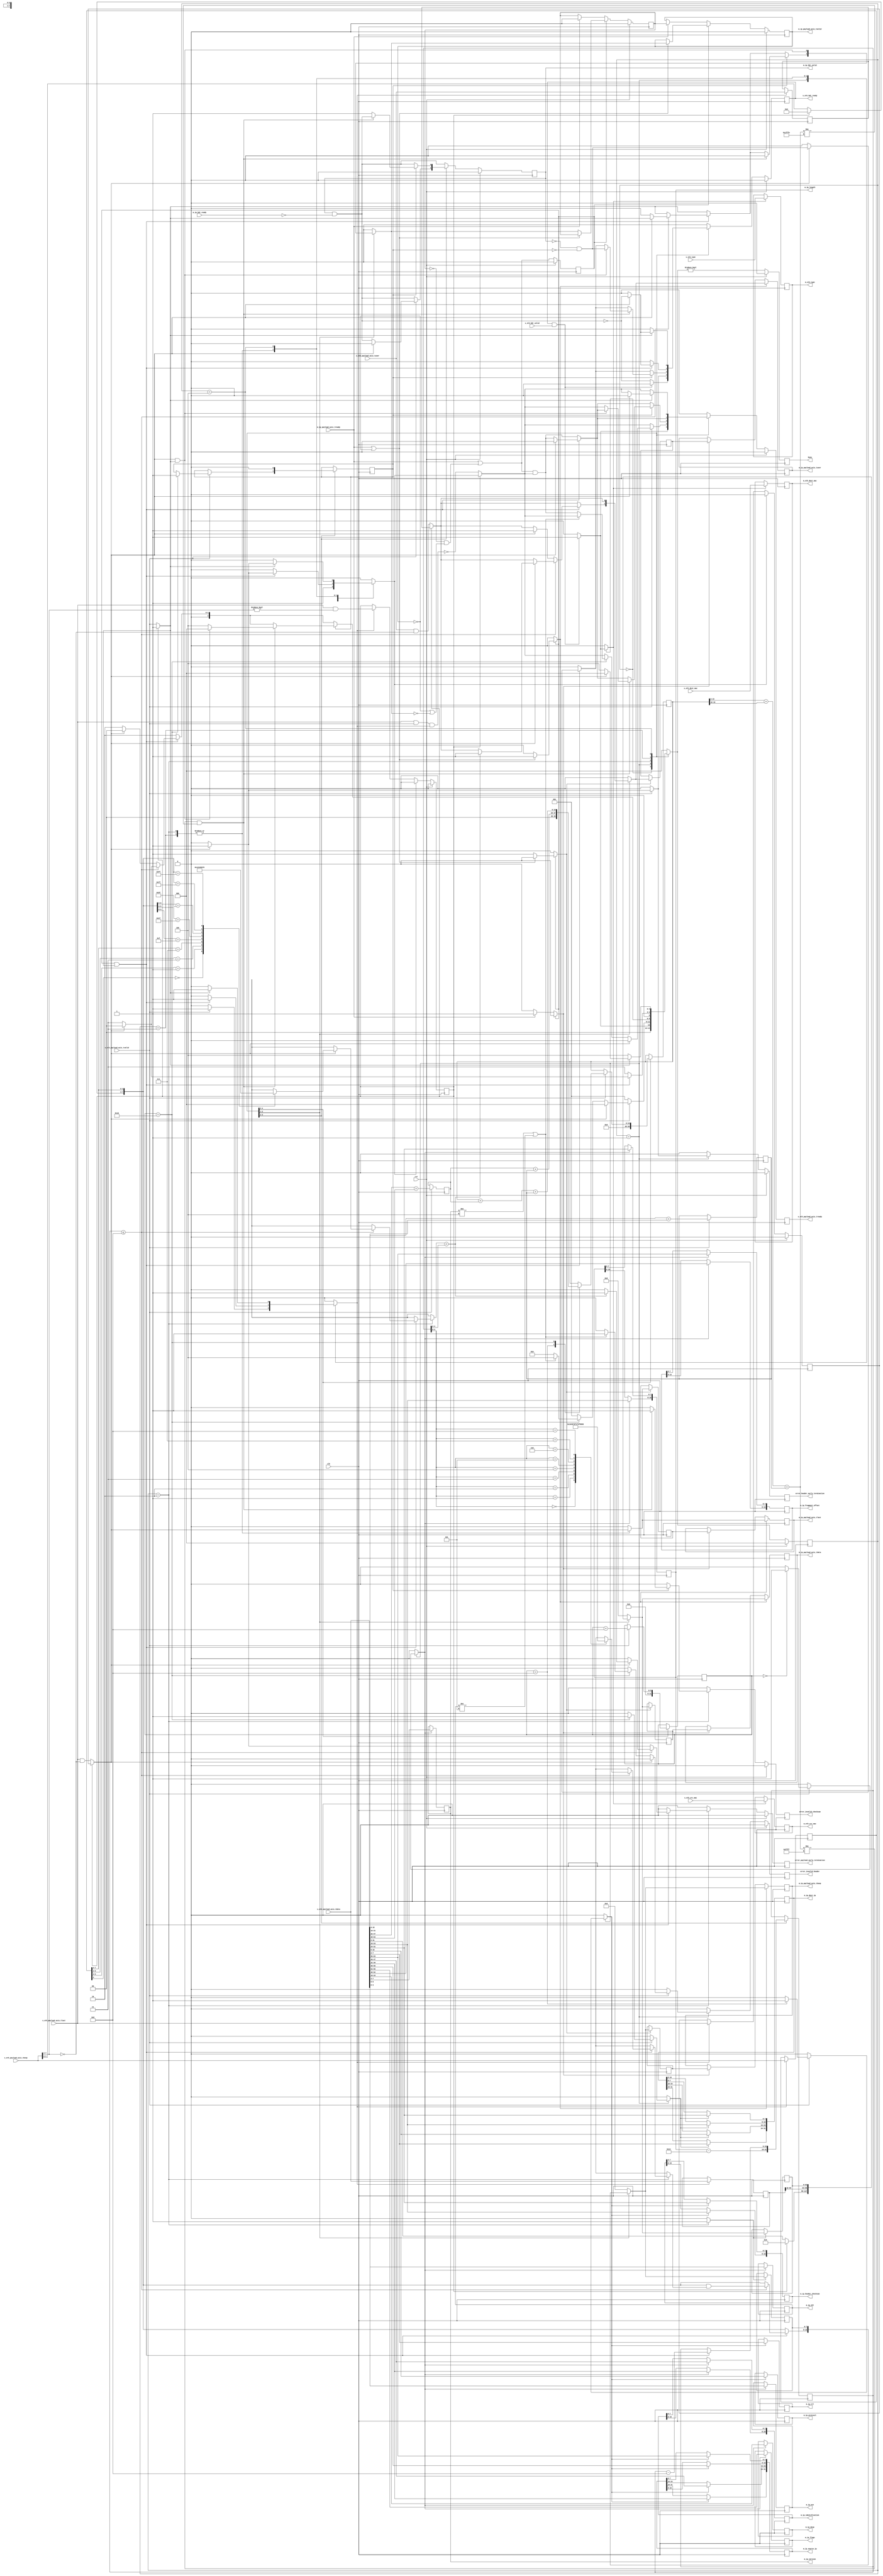
/*

Copyright (c) 2014-2018 Alex Forencich

Permission is hereby granted, free of charge, to any person obtaining a copy
of this software and associated documentation files (the "Software"), to deal
in the Software without restriction, including without limitation the rights
to use, copy, modify, merge, publish, distribute, sublicense, and/or sell
copies of the Software, and to permit persons to whom the Software is
furnished to do so, subject to the following conditions:

The above copyright notice and this permission notice shall be included in
all copies or substantial portions of the Software.

THE SOFTWARE IS PROVIDED "AS IS", WITHOUT WARRANTY OF ANY KIND, EXPRESS OR
IMPLIED, INCLUDING BUT NOT LIMITED TO THE WARRANTIES OF MERCHANTABILITY
FITNESS FOR A PARTICULAR PURPOSE AND NONINFRINGEMENT. IN NO EVENT SHALL THE
AUTHORS OR COPYRIGHT HOLDERS BE LIABLE FOR ANY CLAIM, DAMAGES OR OTHER
LIABILITY, WHETHER IN AN ACTION OF CONTRACT, TORT OR OTHERWISE, ARISING FROM,
OUT OF OR IN CONNECTION WITH THE SOFTWARE OR THE USE OR OTHER DEALINGS IN
THE SOFTWARE.

*/

// Language: Verilog 2001

`resetall
`timescale 1ns / 1ps
`default_nettype none

/*
 * IP ethernet frame receiver (Ethernet frame in, IP frame out, 64 bit datapath)
 */
module ip_eth_rx_64
(
    input  wire        clk,
    input  wire        rst,

    /*
     * Ethernet frame input
     */
    input  wire        s_eth_hdr_valid,
    output wire        s_eth_hdr_ready,
    input  wire [47:0] s_eth_dest_mac,
    input  wire [47:0] s_eth_src_mac,
    input  wire [15:0] s_eth_type,
    input  wire [63:0] s_eth_payload_axis_tdata,
    input  wire [7:0]  s_eth_payload_axis_tkeep,
    input  wire        s_eth_payload_axis_tvalid,
    output wire        s_eth_payload_axis_tready,
    input  wire        s_eth_payload_axis_tlast,
    input  wire        s_eth_payload_axis_tuser,

    /*
     * IP frame output
     */
    output wire        m_ip_hdr_valid,
    input  wire        m_ip_hdr_ready,
    output wire [47:0] m_eth_dest_mac,
    output wire [47:0] m_eth_src_mac,
    output wire [15:0] m_eth_type,
    output wire [3:0]  m_ip_version,
    output wire [3:0]  m_ip_ihl,
    output wire [5:0]  m_ip_dscp,
    output wire [1:0]  m_ip_ecn,
    output wire [15:0] m_ip_length,
    output wire [15:0] m_ip_identification,
    output wire [2:0]  m_ip_flags,
    output wire [12:0] m_ip_fragment_offset,
    output wire [7:0]  m_ip_ttl,
    output wire [7:0]  m_ip_protocol,
    output wire [15:0] m_ip_header_checksum,
    output wire [31:0] m_ip_source_ip,
    output wire [31:0] m_ip_dest_ip,
    output wire [63:0] m_ip_payload_axis_tdata,
    output wire [7:0]  m_ip_payload_axis_tkeep,
    output wire        m_ip_payload_axis_tvalid,
    input  wire        m_ip_payload_axis_tready,
    output wire        m_ip_payload_axis_tlast,
    output wire        m_ip_payload_axis_tuser,

    /*
     * Status signals
     */
    output wire        busy,
    output wire        error_header_early_termination,
    output wire        error_payload_early_termination,
    output wire        error_invalid_header,
    output wire        error_invalid_checksum
);

/*

IP Frame

 Field                       Length
 Destination MAC address     6 octets
 Source MAC address          6 octets
 Ethertype (0x0800)          2 octets
 Version (4)                 4 bits
 IHL (5-15)                  4 bits
 DSCP (0)                    6 bits
 ECN (0)                     2 bits
 length                      2 octets
 identification (0?)         2 octets
 flags (010)                 3 bits
 fragment offset (0)         13 bits
 time to live (64?)          1 octet
 protocol                    1 octet
 header checksum             2 octets
 source IP                   4 octets
 destination IP              4 octets
 options                     (IHL-5)*4 octets
 payload                     length octets

This module receives an Ethernet frame with header fields in parallel and
payload on an AXI stream interface, decodes and strips the IP header fields,
then produces the header fields in parallel along with the IP payload in a
separate AXI stream.

*/

localparam [2:0]
    STATE_IDLE = 3'd0,
    STATE_READ_HEADER = 3'd1,
    STATE_READ_PAYLOAD = 3'd2,
    STATE_READ_PAYLOAD_LAST = 3'd3,
    STATE_WAIT_LAST = 3'd4;

reg [2:0] state_reg = STATE_IDLE, state_next;

// datapath control signals
reg store_eth_hdr;
reg store_hdr_word_0;
reg store_hdr_word_1;
reg store_hdr_word_2;
reg store_last_word;

reg flush_save;
reg transfer_in_save;

reg [5:0] hdr_ptr_reg = 6'd0, hdr_ptr_next;
reg [15:0] word_count_reg = 16'd0, word_count_next;

reg [16:0] hdr_sum_high_reg = 17'd0;
reg [16:0] hdr_sum_low_reg = 17'd0;
reg [19:0] hdr_sum_temp;
reg [19:0] hdr_sum_reg = 20'd0, hdr_sum_next;
reg check_hdr_reg = 1'b0, check_hdr_next;

reg [63:0] last_word_data_reg = 64'd0;
reg [7:0] last_word_keep_reg = 8'd0;

reg s_eth_hdr_ready_reg = 1'b0, s_eth_hdr_ready_next;
reg s_eth_payload_axis_tready_reg = 1'b0, s_eth_payload_axis_tready_next;

reg m_ip_hdr_valid_reg = 1'b0, m_ip_hdr_valid_next;
reg [47:0] m_eth_dest_mac_reg = 48'd0;
reg [47:0] m_eth_src_mac_reg = 48'd0;
reg [15:0] m_eth_type_reg = 16'd0;
reg [3:0] m_ip_version_reg = 4'd0;
reg [3:0] m_ip_ihl_reg = 4'd0;
reg [5:0] m_ip_dscp_reg = 6'd0;
reg [1:0] m_ip_ecn_reg = 2'd0;
reg [15:0] m_ip_length_reg = 16'd0;
reg [15:0] m_ip_identification_reg = 16'd0;
reg [2:0] m_ip_flags_reg = 3'd0;
reg [12:0] m_ip_fragment_offset_reg = 13'd0;
reg [7:0] m_ip_ttl_reg = 8'd0;
reg [7:0] m_ip_protocol_reg = 8'd0;
reg [15:0] m_ip_header_checksum_reg = 16'd0;
reg [31:0] m_ip_source_ip_reg = 32'd0;
reg [31:0] m_ip_dest_ip_reg = 32'd0;

reg busy_reg = 1'b0;
reg error_header_early_termination_reg = 1'b0, error_header_early_termination_next;
reg error_payload_early_termination_reg = 1'b0, error_payload_early_termination_next;
reg error_invalid_header_reg = 1'b0, error_invalid_header_next;
reg error_invalid_checksum_reg = 1'b0, error_invalid_checksum_next;

reg [63:0] save_eth_payload_axis_tdata_reg = 64'd0;
reg [7:0] save_eth_payload_axis_tkeep_reg = 8'd0;
reg save_eth_payload_axis_tlast_reg = 1'b0;
reg save_eth_payload_axis_tuser_reg = 1'b0;

reg [63:0] shift_eth_payload_axis_tdata;
reg [7:0] shift_eth_payload_axis_tkeep;
reg shift_eth_payload_axis_tvalid;
reg shift_eth_payload_axis_tlast;
reg shift_eth_payload_axis_tuser;
reg shift_eth_payload_s_tready;
reg shift_eth_payload_extra_cycle_reg = 1'b0;

// internal datapath
reg [63:0] m_ip_payload_axis_tdata_int;
reg [7:0]  m_ip_payload_axis_tkeep_int;
reg        m_ip_payload_axis_tvalid_int;
reg        m_ip_payload_axis_tready_int_reg = 1'b0;
reg        m_ip_payload_axis_tlast_int;
reg        m_ip_payload_axis_tuser_int;
wire       m_ip_payload_axis_tready_int_early;

assign s_eth_hdr_ready = s_eth_hdr_ready_reg;
assign s_eth_payload_axis_tready = s_eth_payload_axis_tready_reg;

assign m_ip_hdr_valid = m_ip_hdr_valid_reg;
assign m_eth_dest_mac = m_eth_dest_mac_reg;
assign m_eth_src_mac = m_eth_src_mac_reg;
assign m_eth_type = m_eth_type_reg;
assign m_ip_version = m_ip_version_reg;
assign m_ip_ihl = m_ip_ihl_reg;
assign m_ip_dscp = m_ip_dscp_reg;
assign m_ip_ecn = m_ip_ecn_reg;
assign m_ip_length = m_ip_length_reg;
assign m_ip_identification = m_ip_identification_reg;
assign m_ip_flags = m_ip_flags_reg;
assign m_ip_fragment_offset = m_ip_fragment_offset_reg;
assign m_ip_ttl = m_ip_ttl_reg;
assign m_ip_protocol = m_ip_protocol_reg;
assign m_ip_header_checksum = m_ip_header_checksum_reg;
assign m_ip_source_ip = m_ip_source_ip_reg;
assign m_ip_dest_ip = m_ip_dest_ip_reg;

assign busy = busy_reg;
assign error_header_early_termination = error_header_early_termination_reg;
assign error_payload_early_termination = error_payload_early_termination_reg;
assign error_invalid_header = error_invalid_header_reg;
assign error_invalid_checksum = error_invalid_checksum_reg;

function [3:0] keep2count;
    input [7:0] k;
    casez (k)
        8'bzzzzzzz0: keep2count = 4'd0;
        8'bzzzzzz01: keep2count = 4'd1;
        8'bzzzzz011: keep2count = 4'd2;
        8'bzzzz0111: keep2count = 4'd3;
        8'bzzz01111: keep2count = 4'd4;
        8'bzz011111: keep2count = 4'd5;
        8'bz0111111: keep2count = 4'd6;
        8'b01111111: keep2count = 4'd7;
        8'b11111111: keep2count = 4'd8;
    endcase
endfunction

function [7:0] count2keep;
    input [3:0] k;
    case (k)
        4'd0: count2keep = 8'b00000000;
        4'd1: count2keep = 8'b00000001;
        4'd2: count2keep = 8'b00000011;
        4'd3: count2keep = 8'b00000111;
        4'd4: count2keep = 8'b00001111;
        4'd5: count2keep = 8'b00011111;
        4'd6: count2keep = 8'b00111111;
        4'd7: count2keep = 8'b01111111;
        4'd8: count2keep = 8'b11111111;
    endcase
endfunction

always @* begin
    shift_eth_payload_axis_tdata[31:0] = save_eth_payload_axis_tdata_reg[63:32];
    shift_eth_payload_axis_tkeep[3:0] = save_eth_payload_axis_tkeep_reg[7:4];

    if (shift_eth_payload_extra_cycle_reg) begin
        shift_eth_payload_axis_tdata[63:32] = 32'd0;
        shift_eth_payload_axis_tkeep[7:4] = 4'd0;
        shift_eth_payload_axis_tvalid = 1'b1;
        shift_eth_payload_axis_tlast = save_eth_payload_axis_tlast_reg;
        shift_eth_payload_axis_tuser = save_eth_payload_axis_tuser_reg;
        shift_eth_payload_s_tready = flush_save;
    end else begin
        shift_eth_payload_axis_tdata[63:32] = s_eth_payload_axis_tdata[31:0];
        shift_eth_payload_axis_tkeep[7:4] = s_eth_payload_axis_tkeep[3:0];
        shift_eth_payload_axis_tvalid = s_eth_payload_axis_tvalid;
        shift_eth_payload_axis_tlast = (s_eth_payload_axis_tlast && (s_eth_payload_axis_tkeep[7:4] == 0));
        shift_eth_payload_axis_tuser = (s_eth_payload_axis_tuser && (s_eth_payload_axis_tkeep[7:4] == 0));
        shift_eth_payload_s_tready = !(s_eth_payload_axis_tlast && s_eth_payload_axis_tvalid && transfer_in_save);
    end
end

always @* begin
    state_next = STATE_IDLE;

    flush_save = 1'b0;
    transfer_in_save = 1'b0;

    s_eth_hdr_ready_next = 1'b0;
    s_eth_payload_axis_tready_next = 1'b0;

    store_eth_hdr = 1'b0;
    store_hdr_word_0 = 1'b0;
    store_hdr_word_1 = 1'b0;
    store_hdr_word_2 = 1'b0;

    store_last_word = 1'b0;

    hdr_ptr_next = hdr_ptr_reg;
    word_count_next = word_count_reg;

    hdr_sum_temp = 32'd0;
    hdr_sum_next = hdr_sum_reg;
    check_hdr_next = check_hdr_reg;

    m_ip_hdr_valid_next = m_ip_hdr_valid_reg && !m_ip_hdr_ready;

    error_header_early_termination_next = 1'b0;
    error_payload_early_termination_next = 1'b0;
    error_invalid_header_next = 1'b0;
    error_invalid_checksum_next = 1'b0;

    m_ip_payload_axis_tdata_int = 64'd0;
    m_ip_payload_axis_tkeep_int = 8'd0;
    m_ip_payload_axis_tvalid_int = 1'b0;
    m_ip_payload_axis_tlast_int = 1'b0;
    m_ip_payload_axis_tuser_int = 1'b0;

    case (state_reg)
        STATE_IDLE: begin
            // idle state - wait for header
            hdr_ptr_next = 6'd0;
            hdr_sum_next = 32'd0;
            flush_save = 1'b1;
            s_eth_hdr_ready_next = !m_ip_hdr_valid_next;

            if (s_eth_hdr_ready && s_eth_hdr_valid) begin
                s_eth_hdr_ready_next = 1'b0;
                s_eth_payload_axis_tready_next = 1'b1;
                store_eth_hdr = 1'b1;
                state_next = STATE_READ_HEADER;
            end else begin
                state_next = STATE_IDLE;
            end
        end
        STATE_READ_HEADER: begin
            // read header
            s_eth_payload_axis_tready_next = shift_eth_payload_s_tready;
            word_count_next = m_ip_length_reg - 5*4;

            if (s_eth_payload_axis_tvalid) begin
                // word transfer in - store it
                hdr_ptr_next = hdr_ptr_reg + 6'd8;
                transfer_in_save = 1'b1;
                state_next = STATE_READ_HEADER;

                case (hdr_ptr_reg)
                    6'h00: begin
                        store_hdr_word_0 = 1'b1;
                    end
                    6'h08: begin
                        store_hdr_word_1 = 1'b1;
                        hdr_sum_next = hdr_sum_high_reg + hdr_sum_low_reg;
                    end
                    6'h10: begin
                        store_hdr_word_2 = 1'b1;
                        hdr_sum_next = hdr_sum_reg + hdr_sum_high_reg + hdr_sum_low_reg;

                        // check header checksum on next cycle for improved timing
                        check_hdr_next = 1'b1;

                        if (m_ip_version_reg != 4'd4 || m_ip_ihl_reg != 4'd5) begin
                            error_invalid_header_next = 1'b1;
                            s_eth_payload_axis_tready_next = shift_eth_payload_s_tready;
                            state_next = STATE_WAIT_LAST;
                        end else begin
                            s_eth_payload_axis_tready_next = m_ip_payload_axis_tready_int_early && shift_eth_payload_s_tready;
                            state_next = STATE_READ_PAYLOAD;
                        end
                    end
                endcase

                if (shift_eth_payload_axis_tlast) begin
                    error_header_early_termination_next = 1'b1;
                    error_invalid_header_next = 1'b0;
                    error_invalid_checksum_next = 1'b0;
                    m_ip_hdr_valid_next = 1'b0;
                    s_eth_hdr_ready_next = !m_ip_hdr_valid_next;
                    s_eth_payload_axis_tready_next = 1'b0;
                    state_next = STATE_IDLE;
                end

            end else begin
                state_next = STATE_READ_HEADER;
            end
        end
        STATE_READ_PAYLOAD: begin
            // read payload
            s_eth_payload_axis_tready_next = m_ip_payload_axis_tready_int_early && shift_eth_payload_s_tready;

            m_ip_payload_axis_tdata_int = shift_eth_payload_axis_tdata;
            m_ip_payload_axis_tkeep_int = shift_eth_payload_axis_tkeep;
            m_ip_payload_axis_tvalid_int = shift_eth_payload_axis_tvalid;
            m_ip_payload_axis_tlast_int = shift_eth_payload_axis_tlast;
            m_ip_payload_axis_tuser_int = shift_eth_payload_axis_tuser;

            store_last_word = 1'b1;

            if (m_ip_payload_axis_tready_int_reg && shift_eth_payload_axis_tvalid) begin
                // word transfer through
                word_count_next = word_count_reg - 16'd8;
                transfer_in_save = 1'b1;
                if (word_count_reg <= 8) begin
                    // have entire payload
                    m_ip_payload_axis_tkeep_int = shift_eth_payload_axis_tkeep & count2keep(word_count_reg);
                    if (shift_eth_payload_axis_tlast) begin
                        if (keep2count(shift_eth_payload_axis_tkeep) < word_count_reg[4:0]) begin
                            // end of frame, but length does not match
                            error_payload_early_termination_next = 1'b1;
                            m_ip_payload_axis_tuser_int = 1'b1;
                        end
                        s_eth_payload_axis_tready_next = 1'b0;
                        flush_save = 1'b1;
                        s_eth_hdr_ready_next = !m_ip_hdr_valid_reg && !check_hdr_reg;
                        state_next = STATE_IDLE;
                    end else begin
                        m_ip_payload_axis_tvalid_int = 1'b0;
                        state_next = STATE_READ_PAYLOAD_LAST;
                    end
                end else begin
                    if (shift_eth_payload_axis_tlast) begin
                        // end of frame, but length does not match
                        error_payload_early_termination_next = 1'b1;
                        m_ip_payload_axis_tuser_int = 1'b1;
                        s_eth_payload_axis_tready_next = 1'b0;
                        flush_save = 1'b1;
                        s_eth_hdr_ready_next = !m_ip_hdr_valid_reg && !check_hdr_reg;
                        state_next = STATE_IDLE;
                    end else begin
                        state_next = STATE_READ_PAYLOAD;
                    end
                end
            end else begin
                state_next = STATE_READ_PAYLOAD;
            end

            if (check_hdr_reg) begin
                check_hdr_next = 1'b0;

                hdr_sum_temp = hdr_sum_reg[15:0] + hdr_sum_reg[19:16] + hdr_sum_low_reg;

                if (hdr_sum_temp != 19'h0ffff && hdr_sum_temp != 19'h1fffe) begin
                    // bad checksum
                    error_invalid_checksum_next = 1'b1;
                    m_ip_payload_axis_tvalid_int = 1'b0;
                    if (shift_eth_payload_axis_tlast && shift_eth_payload_axis_tvalid) begin
                        // only one payload cycle; return to idle now
                        s_eth_hdr_ready_next = !m_ip_hdr_valid_reg && !check_hdr_reg;
                        state_next = STATE_IDLE;
                    end else begin
                        // drop payload
                        s_eth_payload_axis_tready_next = shift_eth_payload_s_tready;
                        state_next = STATE_WAIT_LAST;
                    end
                end else begin
                    // good checksum; transfer header
                    m_ip_hdr_valid_next = 1'b1;
                end
            end
        end
        STATE_READ_PAYLOAD_LAST: begin
            // read and discard until end of frame
            s_eth_payload_axis_tready_next = m_ip_payload_axis_tready_int_early && shift_eth_payload_s_tready;

            m_ip_payload_axis_tdata_int = last_word_data_reg;
            m_ip_payload_axis_tkeep_int = last_word_keep_reg;
            m_ip_payload_axis_tvalid_int = shift_eth_payload_axis_tvalid && shift_eth_payload_axis_tlast;
            m_ip_payload_axis_tlast_int = shift_eth_payload_axis_tlast;
            m_ip_payload_axis_tuser_int = shift_eth_payload_axis_tuser;

            if (m_ip_payload_axis_tready_int_reg && shift_eth_payload_axis_tvalid) begin
                transfer_in_save = 1'b1;
                if (shift_eth_payload_axis_tlast) begin
                    s_eth_payload_axis_tready_next = 1'b0;
                    flush_save = 1'b1;
                    s_eth_hdr_ready_next = !m_ip_hdr_valid_next;
                    state_next = STATE_IDLE;
                end else begin
                    state_next = STATE_READ_PAYLOAD_LAST;
                end
            end else begin
                state_next = STATE_READ_PAYLOAD_LAST;
            end
        end
        STATE_WAIT_LAST: begin
            // read and discard until end of frame
            s_eth_payload_axis_tready_next = shift_eth_payload_s_tready;

            if (shift_eth_payload_axis_tvalid) begin
                transfer_in_save = 1'b1;
                if (shift_eth_payload_axis_tlast) begin
                    s_eth_payload_axis_tready_next = 1'b0;
                    flush_save = 1'b1;
                    s_eth_hdr_ready_next = !m_ip_hdr_valid_next;
                    state_next = STATE_IDLE;
                end else begin
                    state_next = STATE_WAIT_LAST;
                end
            end else begin
                state_next = STATE_WAIT_LAST;
            end
        end
    endcase
end

always @(posedge clk) begin
    if (rst) begin
        state_reg <= STATE_IDLE;
        s_eth_hdr_ready_reg <= 1'b0;
        s_eth_payload_axis_tready_reg <= 1'b0;
        m_ip_hdr_valid_reg <= 1'b0;
        save_eth_payload_axis_tlast_reg <= 1'b0;
        shift_eth_payload_extra_cycle_reg <= 1'b0;
        busy_reg <= 1'b0;
        error_header_early_termination_reg <= 1'b0;
        error_payload_early_termination_reg <= 1'b0;
        error_invalid_header_reg <= 1'b0;
        error_invalid_checksum_reg <= 1'b0;
    end else begin
        state_reg <= state_next;

        s_eth_hdr_ready_reg <= s_eth_hdr_ready_next;
        s_eth_payload_axis_tready_reg <= s_eth_payload_axis_tready_next;

        m_ip_hdr_valid_reg <= m_ip_hdr_valid_next;

        error_header_early_termination_reg <= error_header_early_termination_next;
        error_payload_early_termination_reg <= error_payload_early_termination_next;
        error_invalid_header_reg <= error_invalid_header_next;
        error_invalid_checksum_reg <= error_invalid_checksum_next;

        busy_reg <= state_next != STATE_IDLE;

        // datapath
        if (flush_save) begin
            save_eth_payload_axis_tlast_reg <= 1'b0;
            shift_eth_payload_extra_cycle_reg <= 1'b0;
        end else if (transfer_in_save) begin
            save_eth_payload_axis_tlast_reg <= s_eth_payload_axis_tlast;
            shift_eth_payload_extra_cycle_reg <= s_eth_payload_axis_tlast && (s_eth_payload_axis_tkeep[7:4] != 0);
        end
    end

    hdr_ptr_reg <= hdr_ptr_next;
    word_count_reg <= word_count_next;

    hdr_sum_reg <= hdr_sum_next;
    check_hdr_reg <= check_hdr_next;

    if (s_eth_payload_axis_tvalid) begin
        hdr_sum_low_reg <= s_eth_payload_axis_tdata[15:0] + s_eth_payload_axis_tdata[31:16];
        hdr_sum_high_reg <= s_eth_payload_axis_tdata[47:32] + s_eth_payload_axis_tdata[63:48];
    end

    // datapath
    if (store_eth_hdr) begin
        m_eth_dest_mac_reg <= s_eth_dest_mac;
        m_eth_src_mac_reg <= s_eth_src_mac;
        m_eth_type_reg <= s_eth_type;
    end

    if (store_last_word) begin
        last_word_data_reg <= m_ip_payload_axis_tdata_int;
        last_word_keep_reg <= m_ip_payload_axis_tkeep_int;
    end

    if (store_hdr_word_0) begin
        {m_ip_version_reg, m_ip_ihl_reg} <= s_eth_payload_axis_tdata[ 7: 0];
        {m_ip_dscp_reg, m_ip_ecn_reg} <= s_eth_payload_axis_tdata[15: 8];
        m_ip_length_reg[15: 8] <= s_eth_payload_axis_tdata[23:16];
        m_ip_length_reg[ 7: 0] <= s_eth_payload_axis_tdata[31:24];
        m_ip_identification_reg[15: 8] <= s_eth_payload_axis_tdata[39:32];
        m_ip_identification_reg[ 7: 0] <= s_eth_payload_axis_tdata[47:40];
        {m_ip_flags_reg, m_ip_fragment_offset_reg[12:8]} <= s_eth_payload_axis_tdata[55:48];
        m_ip_fragment_offset_reg[ 7:0] <= s_eth_payload_axis_tdata[63:56];
    end

    if (store_hdr_word_1) begin
        m_ip_ttl_reg <= s_eth_payload_axis_tdata[ 7: 0];
        m_ip_protocol_reg <= s_eth_payload_axis_tdata[15: 8];
        m_ip_header_checksum_reg[15: 8] <= s_eth_payload_axis_tdata[23:16];
        m_ip_header_checksum_reg[ 7: 0] <= s_eth_payload_axis_tdata[31:24];
        m_ip_source_ip_reg[31:24] <= s_eth_payload_axis_tdata[39:32];
        m_ip_source_ip_reg[23:16] <= s_eth_payload_axis_tdata[47:40];
        m_ip_source_ip_reg[15: 8] <= s_eth_payload_axis_tdata[55:48];
        m_ip_source_ip_reg[ 7: 0] <= s_eth_payload_axis_tdata[63:56];
    end

    if (store_hdr_word_2) begin
        m_ip_dest_ip_reg[31:24] <= s_eth_payload_axis_tdata[ 7: 0];
        m_ip_dest_ip_reg[23:16] <= s_eth_payload_axis_tdata[15: 8];
        m_ip_dest_ip_reg[15: 8] <= s_eth_payload_axis_tdata[23:16];
        m_ip_dest_ip_reg[ 7: 0] <= s_eth_payload_axis_tdata[31:24];
    end

    if (transfer_in_save) begin
        save_eth_payload_axis_tdata_reg <= s_eth_payload_axis_tdata;
        save_eth_payload_axis_tkeep_reg <= s_eth_payload_axis_tkeep;
        save_eth_payload_axis_tuser_reg <= s_eth_payload_axis_tuser;
    end
end

// output datapath logic
reg [63:0] m_ip_payload_axis_tdata_reg = 64'd0;
reg [7:0]  m_ip_payload_axis_tkeep_reg = 8'd0;
reg        m_ip_payload_axis_tvalid_reg = 1'b0, m_ip_payload_axis_tvalid_next;
reg        m_ip_payload_axis_tlast_reg = 1'b0;
reg        m_ip_payload_axis_tuser_reg = 1'b0;

reg [63:0] temp_m_ip_payload_axis_tdata_reg = 64'd0;
reg [7:0]  temp_m_ip_payload_axis_tkeep_reg = 8'd0;
reg        temp_m_ip_payload_axis_tvalid_reg = 1'b0, temp_m_ip_payload_axis_tvalid_next;
reg        temp_m_ip_payload_axis_tlast_reg = 1'b0;
reg        temp_m_ip_payload_axis_tuser_reg = 1'b0;

// datapath control
reg store_ip_payload_int_to_output;
reg store_ip_payload_int_to_temp;
reg store_ip_payload_axis_temp_to_output;

assign m_ip_payload_axis_tdata = m_ip_payload_axis_tdata_reg;
assign m_ip_payload_axis_tkeep = m_ip_payload_axis_tkeep_reg;
assign m_ip_payload_axis_tvalid = m_ip_payload_axis_tvalid_reg;
assign m_ip_payload_axis_tlast = m_ip_payload_axis_tlast_reg;
assign m_ip_payload_axis_tuser = m_ip_payload_axis_tuser_reg;

// enable ready input next cycle if output is ready or the temp reg will not be filled on the next cycle (output reg empty or no input)
assign m_ip_payload_axis_tready_int_early = m_ip_payload_axis_tready || (!temp_m_ip_payload_axis_tvalid_reg && (!m_ip_payload_axis_tvalid_reg || !m_ip_payload_axis_tvalid_int));

always @* begin
    // transfer sink ready state to source
    m_ip_payload_axis_tvalid_next = m_ip_payload_axis_tvalid_reg;
    temp_m_ip_payload_axis_tvalid_next = temp_m_ip_payload_axis_tvalid_reg;

    store_ip_payload_int_to_output = 1'b0;
    store_ip_payload_int_to_temp = 1'b0;
    store_ip_payload_axis_temp_to_output = 1'b0;
    
    if (m_ip_payload_axis_tready_int_reg) begin
        // input is ready
        if (m_ip_payload_axis_tready || !m_ip_payload_axis_tvalid_reg) begin
            // output is ready or currently not valid, transfer data to output
            m_ip_payload_axis_tvalid_next = m_ip_payload_axis_tvalid_int;
            store_ip_payload_int_to_output = 1'b1;
        end else begin
            // output is not ready, store input in temp
            temp_m_ip_payload_axis_tvalid_next = m_ip_payload_axis_tvalid_int;
            store_ip_payload_int_to_temp = 1'b1;
        end
    end else if (m_ip_payload_axis_tready) begin
        // input is not ready, but output is ready
        m_ip_payload_axis_tvalid_next = temp_m_ip_payload_axis_tvalid_reg;
        temp_m_ip_payload_axis_tvalid_next = 1'b0;
        store_ip_payload_axis_temp_to_output = 1'b1;
    end
end

always @(posedge clk) begin
    if (rst) begin
        m_ip_payload_axis_tvalid_reg <= 1'b0;
        m_ip_payload_axis_tready_int_reg <= 1'b0;
        temp_m_ip_payload_axis_tvalid_reg <= 1'b0;
    end else begin
        m_ip_payload_axis_tvalid_reg <= m_ip_payload_axis_tvalid_next;
        m_ip_payload_axis_tready_int_reg <= m_ip_payload_axis_tready_int_early;
        temp_m_ip_payload_axis_tvalid_reg <= temp_m_ip_payload_axis_tvalid_next;
    end

    // datapath
    if (store_ip_payload_int_to_output) begin
        m_ip_payload_axis_tdata_reg <= m_ip_payload_axis_tdata_int;
        m_ip_payload_axis_tkeep_reg <= m_ip_payload_axis_tkeep_int;
        m_ip_payload_axis_tlast_reg <= m_ip_payload_axis_tlast_int;
        m_ip_payload_axis_tuser_reg <= m_ip_payload_axis_tuser_int;
    end else if (store_ip_payload_axis_temp_to_output) begin
        m_ip_payload_axis_tdata_reg <= temp_m_ip_payload_axis_tdata_reg;
        m_ip_payload_axis_tkeep_reg <= temp_m_ip_payload_axis_tkeep_reg;
        m_ip_payload_axis_tlast_reg <= temp_m_ip_payload_axis_tlast_reg;
        m_ip_payload_axis_tuser_reg <= temp_m_ip_payload_axis_tuser_reg;
    end

    if (store_ip_payload_int_to_temp) begin
        temp_m_ip_payload_axis_tdata_reg <= m_ip_payload_axis_tdata_int;
        temp_m_ip_payload_axis_tkeep_reg <= m_ip_payload_axis_tkeep_int;
        temp_m_ip_payload_axis_tlast_reg <= m_ip_payload_axis_tlast_int;
        temp_m_ip_payload_axis_tuser_reg <= m_ip_payload_axis_tuser_int;
    end
end

endmodule

`resetall